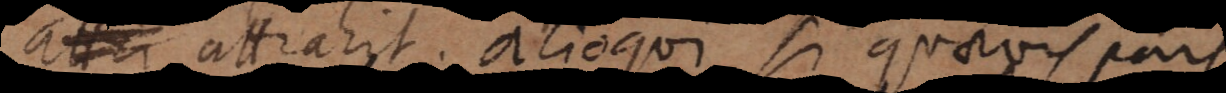
attrahit, alioqui si quaevis pars